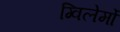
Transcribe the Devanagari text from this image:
ग्विलेर्मो